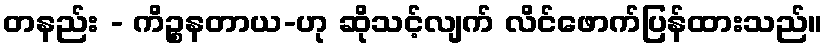
တနည်း - ကိဉ္စနတာယ-ဟု ဆိုသင့်လျက် လိင်ဖောက်ပြန်ထားသည်။